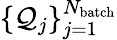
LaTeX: \{ \mathcal{Q}_{j}\} _{j=1}^{N_{\mathrm{batch}}}